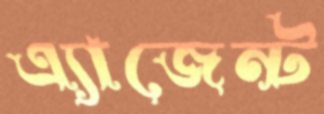
এ্যাজেন্ট